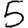
Digit: 5